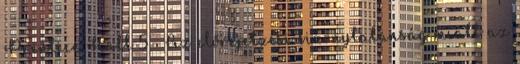
Prentice Hall 5  Az előrejelzési bizonytalanság miatt az